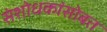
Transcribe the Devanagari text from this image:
संशोधकांसोबत